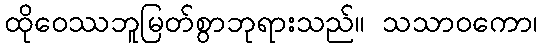
ထိုဝေဿဘူမြတ်စွာဘုရားသည်။ သသာဝကော၊